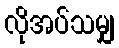
လိုအပ်သမျှ